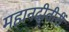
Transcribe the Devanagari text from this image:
महानदीतीरीं